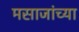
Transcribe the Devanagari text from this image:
मसाजांच्या